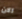
الان